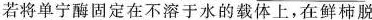
若将单宁酶固定在不溶于水的载体上，在鲜柿脱